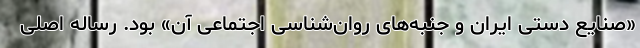
«صنایع دستی ایران و جنبه‌های روان‌شناسی اجتماعی آن» بود. رساله اصلی